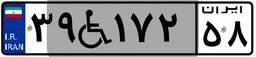
۳۹W۱۷۲۵۸